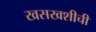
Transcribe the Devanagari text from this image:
खसखशीची